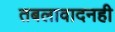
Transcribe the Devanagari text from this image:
तबलावादनही